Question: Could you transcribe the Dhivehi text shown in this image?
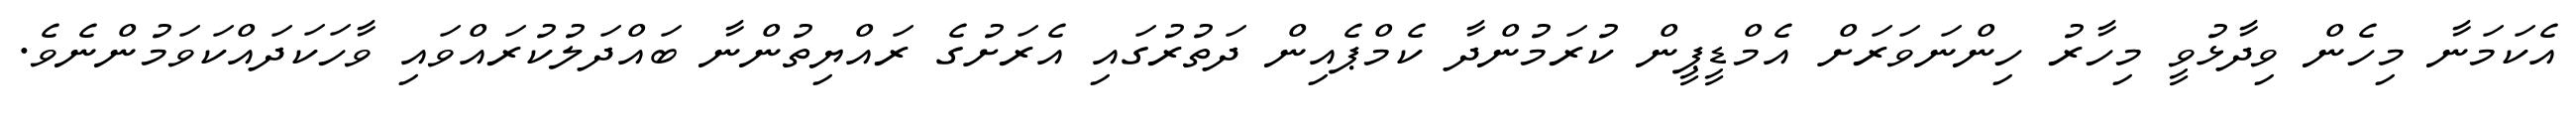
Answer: އެކަމަނާ މިހެން ވިދާޅުވީ މިހާރު ހިންނަވަރަށް އެމްޑީޕީން ކުރަމުންދާ ކެމްޕެއިން ދަތުރުގައި އެރަށުގެ ރައްޔިތުންނާ ބައްދަލުކުރައްވައި ވާހަކަދައްކަވަމުންނެވެ.